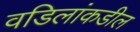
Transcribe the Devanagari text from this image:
वडिलांकडील